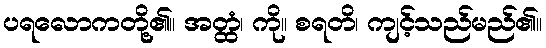
ပရလောကတို့၏။ အတ္ထံ၊ ကို။ စရတိ၊ ကျင့်သည်မည်၏။